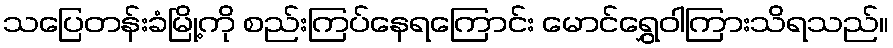
သပြေတန်းခံမြို့ကို စည်းကြပ်နေရကြောင်း မောင်ရွှေဝါကြားသိရသည်။